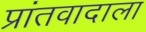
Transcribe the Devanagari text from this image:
प्रांतवादाला